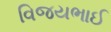
વિજયભાઈ